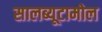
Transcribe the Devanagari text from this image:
सालब्यूटामोल